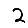
Digit: 2